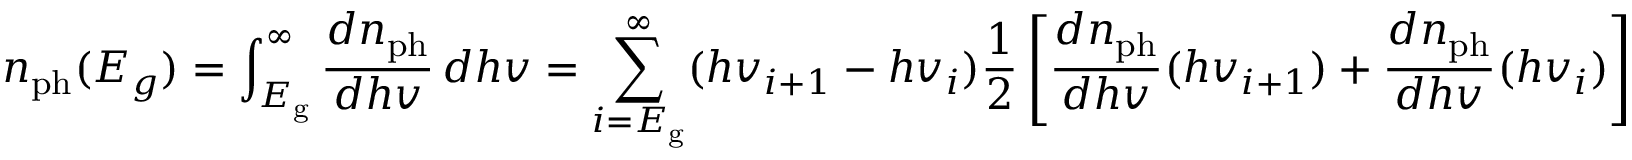
n _ { \mathrm { p h } } ( E _ { g } ) = \int _ { E _ { \mathrm { g } } } ^ { \infty } { \frac { d n _ { \mathrm { p h } } } { d h v } } \, d h v = \sum _ { i = E _ { \mathrm { g } } } ^ { \infty } ( h v _ { i + 1 } - h v _ { i } ) { \frac { 1 } { 2 } } \left[ { \frac { d n _ { \mathrm { p h } } } { d h v } } ( h v _ { i + 1 } ) + { \frac { d n _ { \mathrm { p h } } } { d h v } } ( h v _ { i } ) \right]